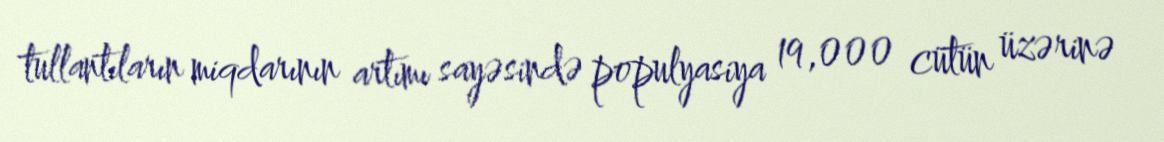
tullantıların miqdarının artımı sayəsində populyasiya 19,000 cütün üzərinə